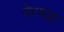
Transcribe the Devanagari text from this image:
पेरण्या